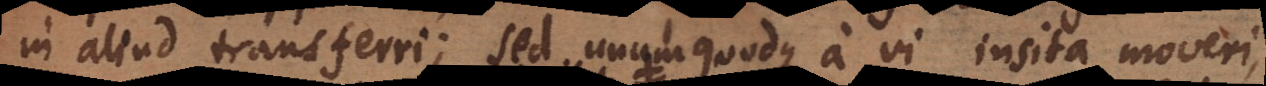
in aliud transferri; sed unumquodque a vi insita moveri,